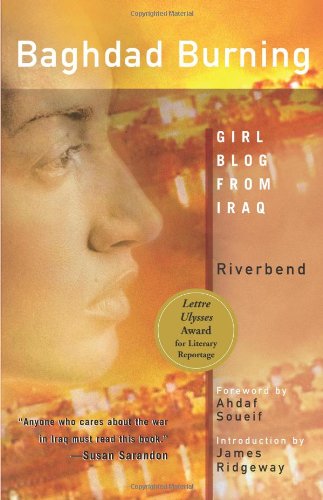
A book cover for Baghdad Burning: Girl Blog from Iraq; Riverbend; History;